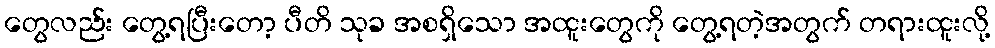
တွေလည်း တွေ့ရပြီးတော့ ပီတိ သုခ အစရှိသော အထူးတွေကို တွေ့ရတဲ့အတွက် တရားထူးလို့